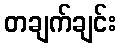
တချက်ချင်း